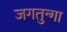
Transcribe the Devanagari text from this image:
जगतुन्गा